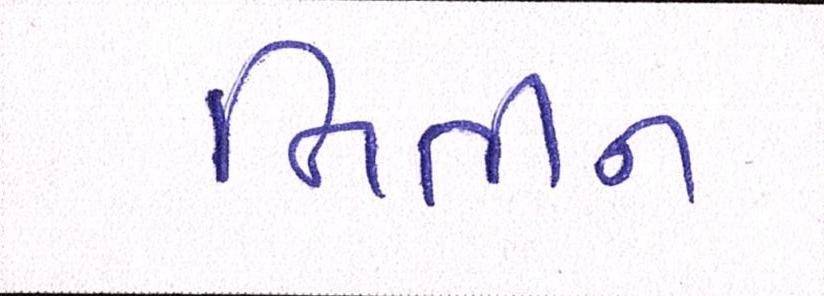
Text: નિતીન